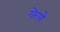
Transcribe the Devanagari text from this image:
येरणे